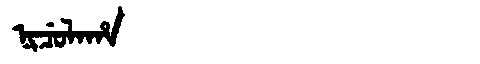
Manchu: ᠨᡳᠴᡠᠯᠠᡥᠠ
Romanization: NICULAHA